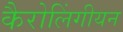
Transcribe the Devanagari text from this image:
कैरोलिंगीयन